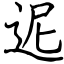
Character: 迡